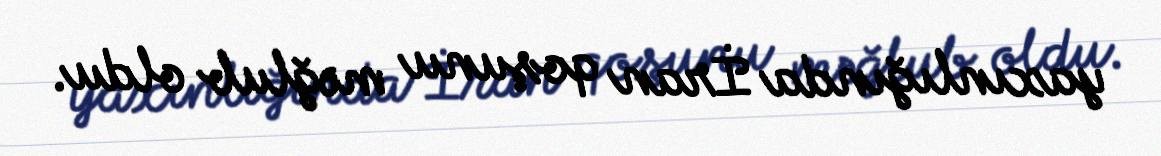
yaxınlığında İran qoşunu məğlub oldu.